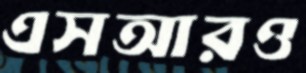
এসআরও